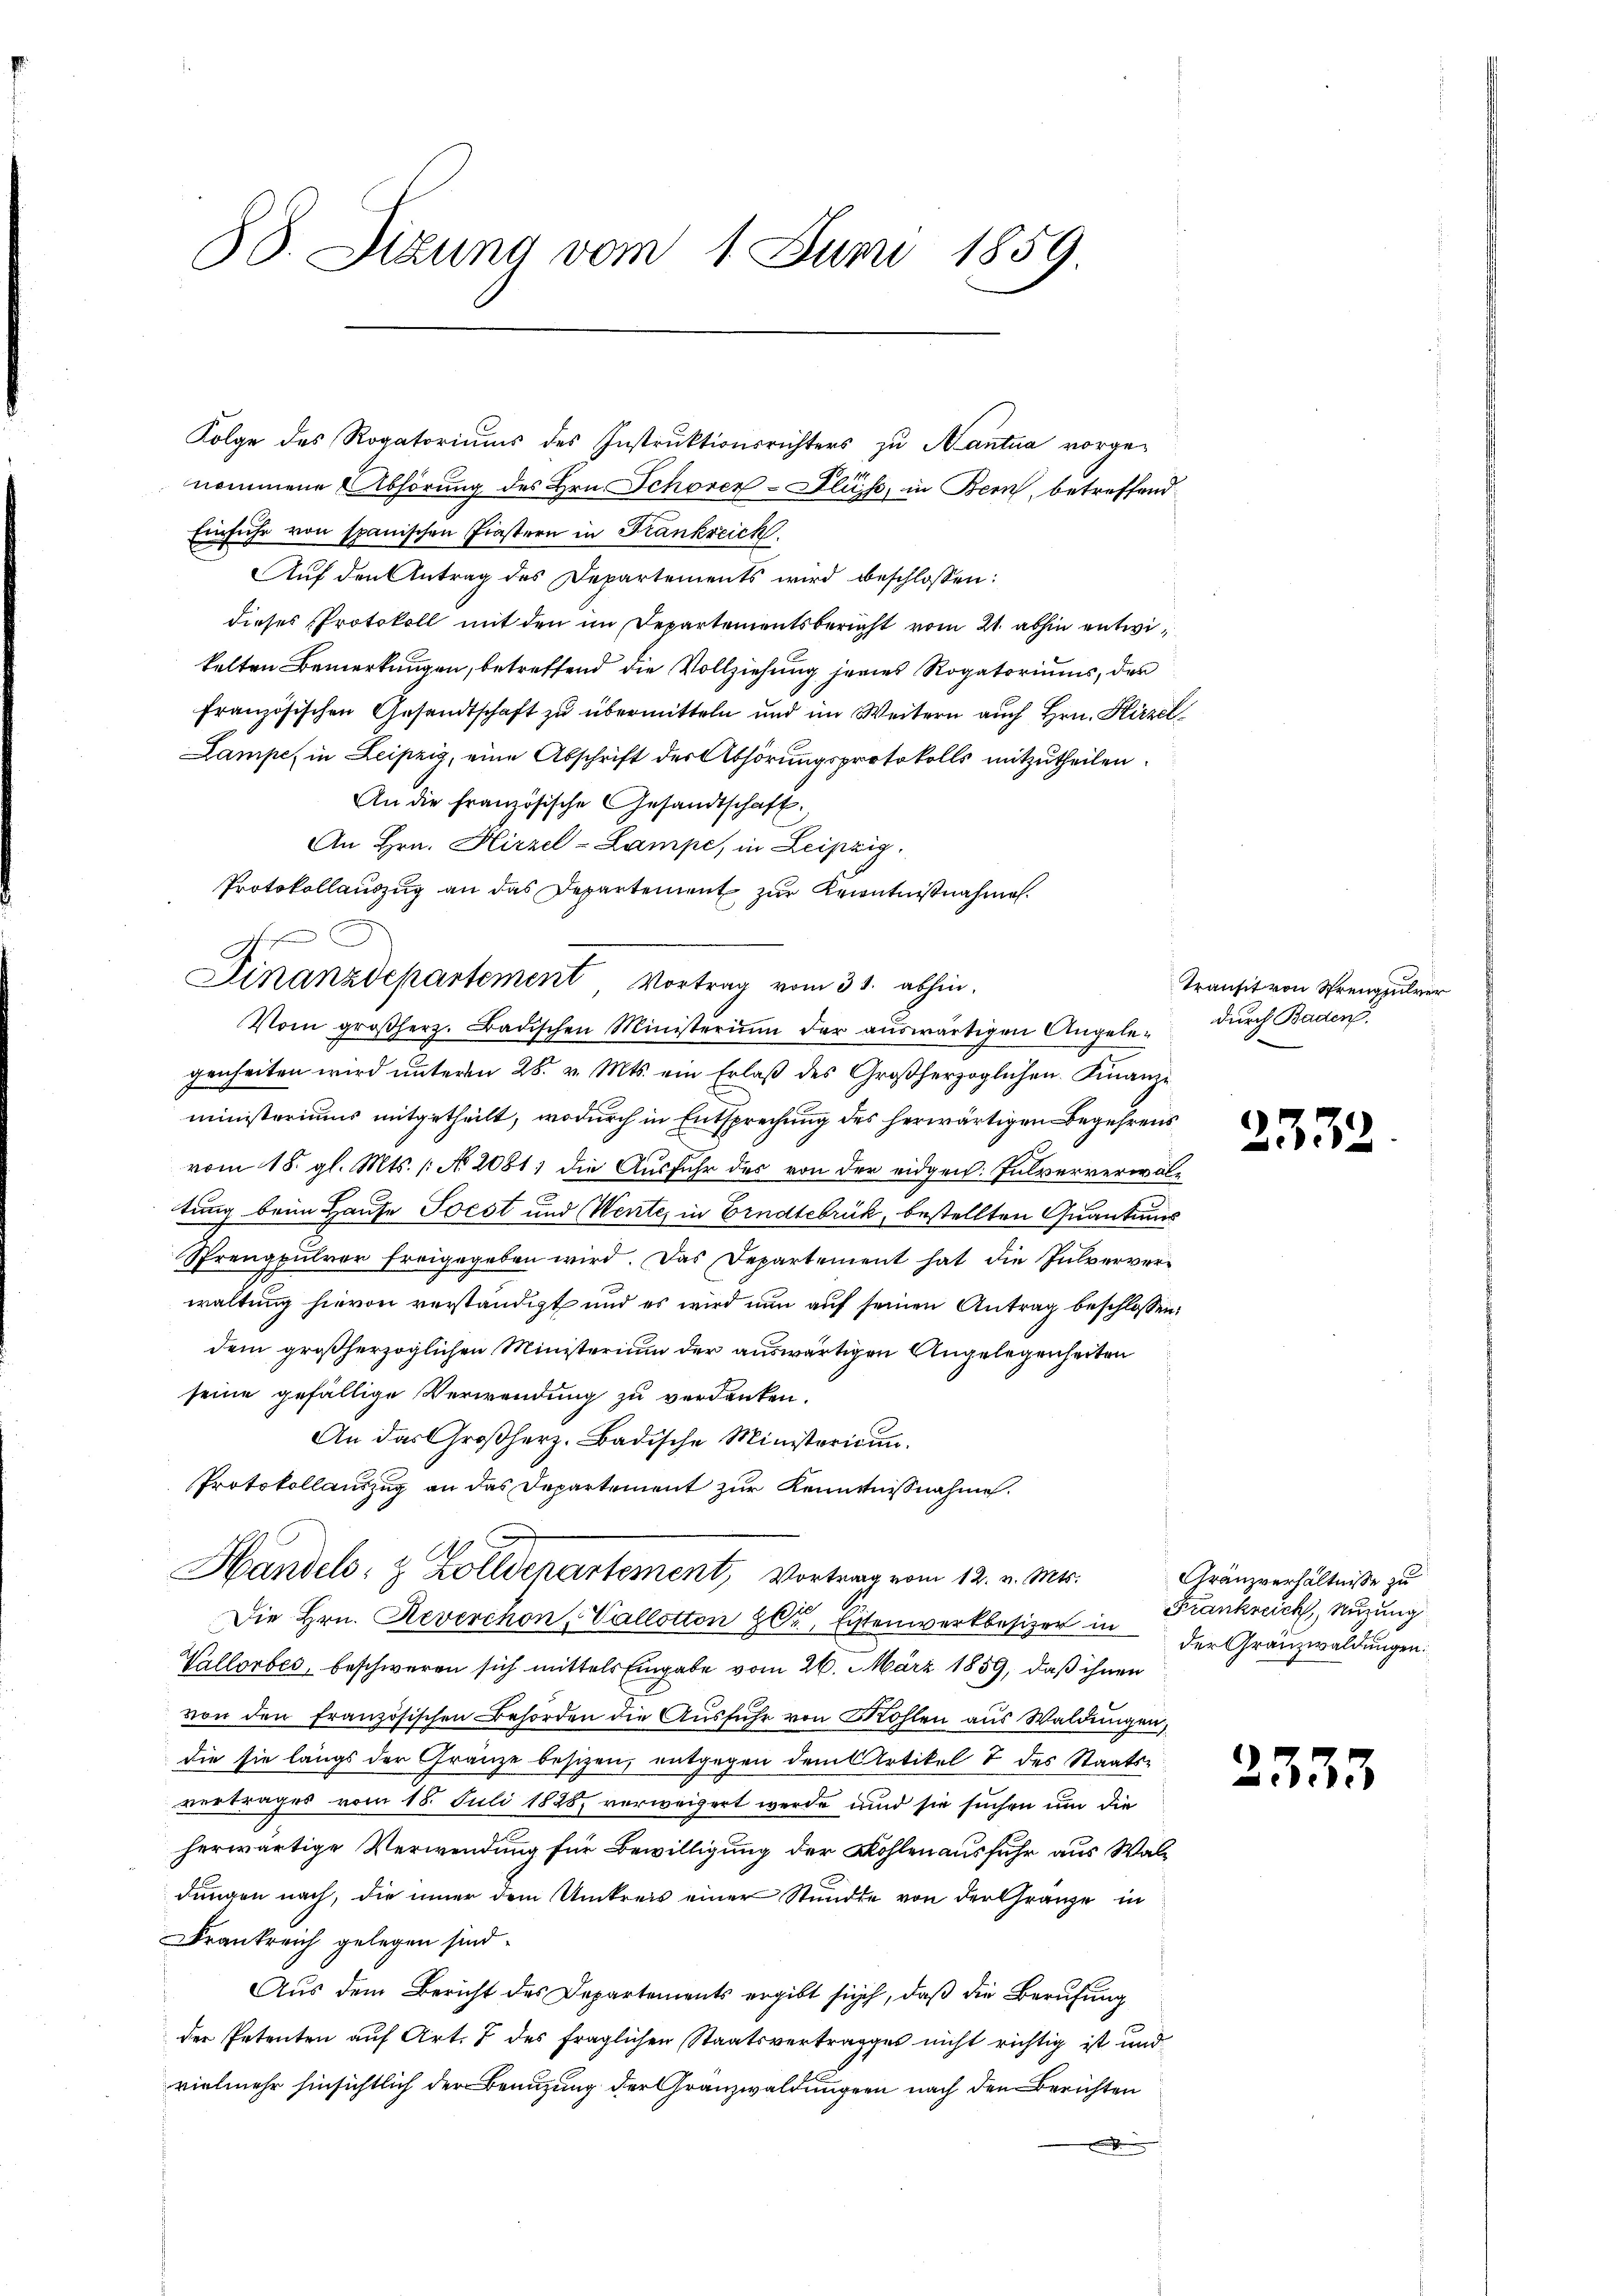
88. Sizung vom 1. Juni 1859.

nommene Abhörung des Hrn. Schorer-Flüsse, in Bern, betreffend
Einfuhr von spanischen Finstern in Frankreich
Auf den Antrag des Departements wird beschlossen:
dieses Protokoll mit den im Departementsbericht vom 21. abhin entwikelten Bemerkungen, betreffend die Vollziehung jenes Rogatoriums, der
französischen Gesandtschaft zu übermitteln und im Weitern auch Hrn. Hirzel
Lampe in Leipzig, eine Abschrift der Abhörungsprotokolls mitzutheilen.
An die französische Gesandtschaft.
An Hrn. Hirzel-Lampe, in Leipzig.
Protokollauszug an das Departement zur Kenntnißnahme.
Vom großherz. Badischen Ministerium der aŭswärtigen Angelegenheiten wird unterm 28. v. Mts. ein Erlaß des Großherzoglichen. Finanzi
ministeriums mitgetheilt, wodurch in Entsprechung des herwärtigen Begehrens
vom 18. gl. Mts. /: No 2081) die Ausfuhr des von der eidgen: Fulververwaltung beim Hause Soest und Wente, in Erndtebrik, bestellten Quantums
Sprengpulver freigegeben wird. Das Departement hat die Pulververwaltung hievon verständigt und es wird nun auf seinen Antrag beschlossen:
dem großherzoglichen Ministerium der auswärtigen Angelegenheiten
seine gefällige Verwendung zu verdanken.
An das Großherz. Badische Ministoricun
Protokollauszug an das Departement zur Kenntnißnahme.
A
Handels- & Zolldepartement, Vortrag vom 12. v. Mts.
Die Hrn. Reverchon, Vallotton zur Eitenwerkbesizer in der Gränzwaldungen.
Vallorbes, beschweren sich mittels Eingabe vom 26. März 1859, daß ihnen
von den Französischen Behörden die Ausführ von Wohlen aus Waldungen,
die sie längs der Gränze besizen, entgegen dem Artikel 7 des Staatsvertrages vom 18. Juli 1828, verweigert werde und sie suchen um die
herwärtige Verwendung für Bewilligung der Kohlen ausfuhr aus Waldungen nach, die inner dem Umkreis einer Stundte von der Gränze in
Frankreich gelegen sind.
Aus dem Bericht des Departements ergibt sich, daß die Berufung
der Petenten auf Art. 7 des fraglichen Staatsvertrages nicht richtig ist und
vielmehr hinsichtlich der Benuzung der Granzwaldungen nach den Berichten

A

Finanzdepartement Vortrag vom 31. abhin.

Folge des Rogatoriums des Instruktionsrichters zu Mantua vorge¬

Transit von Strengpulver
durch Baden.

)
32

Gränzverhältnisse zu
Frankreich, Muerung

2353